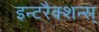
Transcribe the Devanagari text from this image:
इन्टरैक्शन्स्